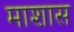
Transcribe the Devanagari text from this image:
माशास